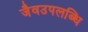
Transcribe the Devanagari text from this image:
जैवउपलब्धि